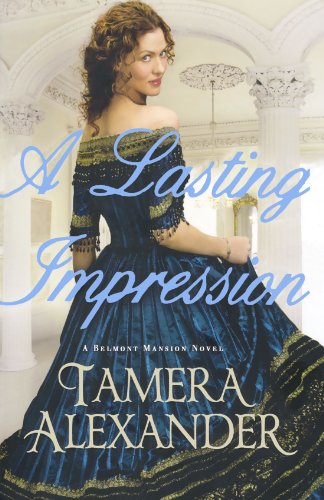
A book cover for A Lasting Impression (A Belmont Mansion Novel); Tamera Alexander; Romance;